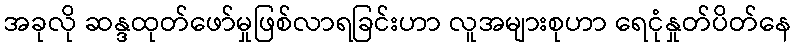
အခုလို ဆန္ဒထုတ်ဖော်မှုဖြစ်လာရခြင်းဟာ လူအများစုဟာ ရေငုံနှုတ်ပိတ်နေ